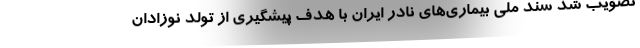
تصویب شد سند ملی بیماری‌های نادر ایران با هدف پیشگیری از تولد نوزادان